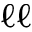
\boldsymbol { \ell \ell }